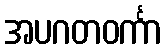
အပဂတဝင်္ကာ